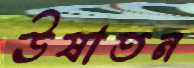
ঊষাতন